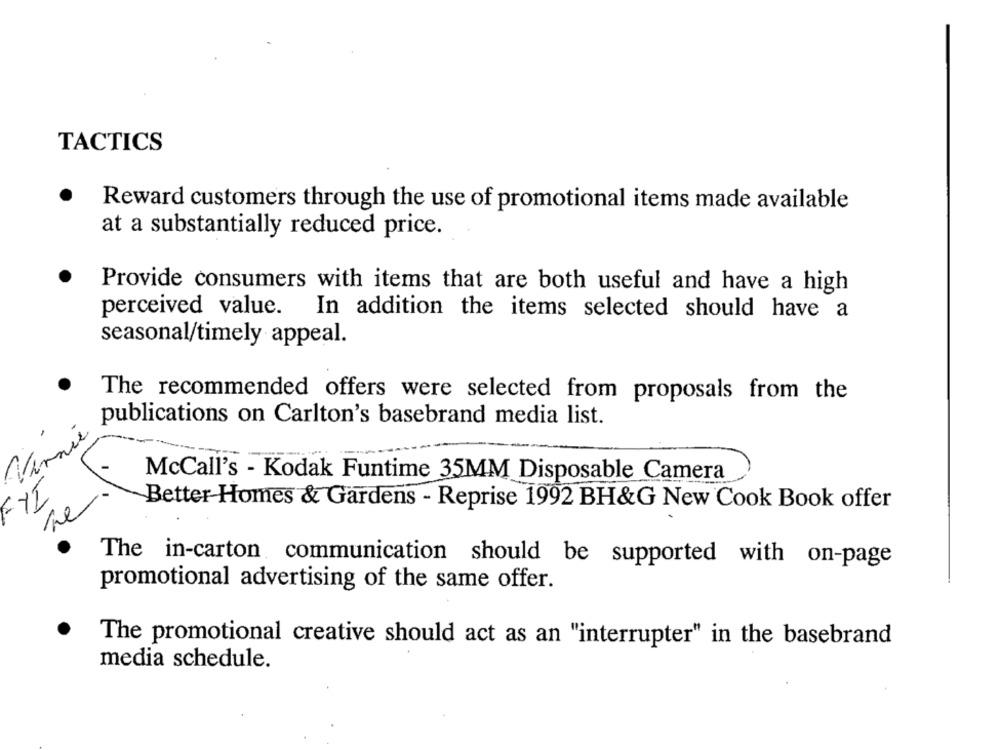
TACTICS
Reward customers through the use of promotional items made available
at a substantially reduced price.
Provide consumers with items that are both useful and have a high
perceived value. In addition the items selected should have a
seasonal/timely appeal.
The recommended offers were selected from proposals from the
publications on Carlton's basebrand media list.
Vinnie
McCall's - Kodak Funtime 35MM Disposable Camera
ne
Better-Homes & Gardens - Reprise 1992 BH&G New Cook Book offer
The in-carton communication should be supported with on-page
promotional advertising of the same offer.
The promotional creative should act as an "interrupter" in the basebrand
media schedule.